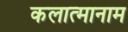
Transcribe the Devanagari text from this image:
कलात्मानाम